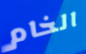
الخام